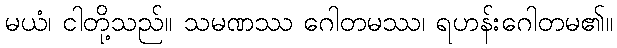
မယံ၊ ငါတို့သည်။ သမဏဿ ဂေါတမဿ၊ ရဟန်းဂေါတမ၏။